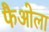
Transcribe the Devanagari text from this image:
फैओला